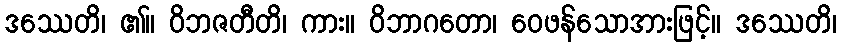
ဒဿေတိ၊ ၏။ ဝိဘဇတီတိ၊ ကား။ ဝိဘာဂတော၊ ဝေဖန်သောအားဖြင့်။ ဒဿေတိ၊